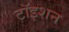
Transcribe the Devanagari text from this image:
टॉइशन